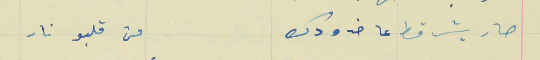
صار يشرقط عا خدودك                                 من قلبو نار